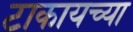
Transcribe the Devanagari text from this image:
टाकायच्या